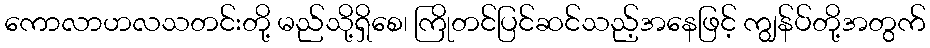
ကောလာဟလသတင်းတို့ မည်သို့ရှိစေ၊ ကြိုတင်ပြင်ဆင်သည့်အနေဖြင့် ကျွန်ပ်တို့အတွက်